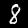
Digit: 8